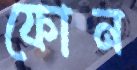
ফোন